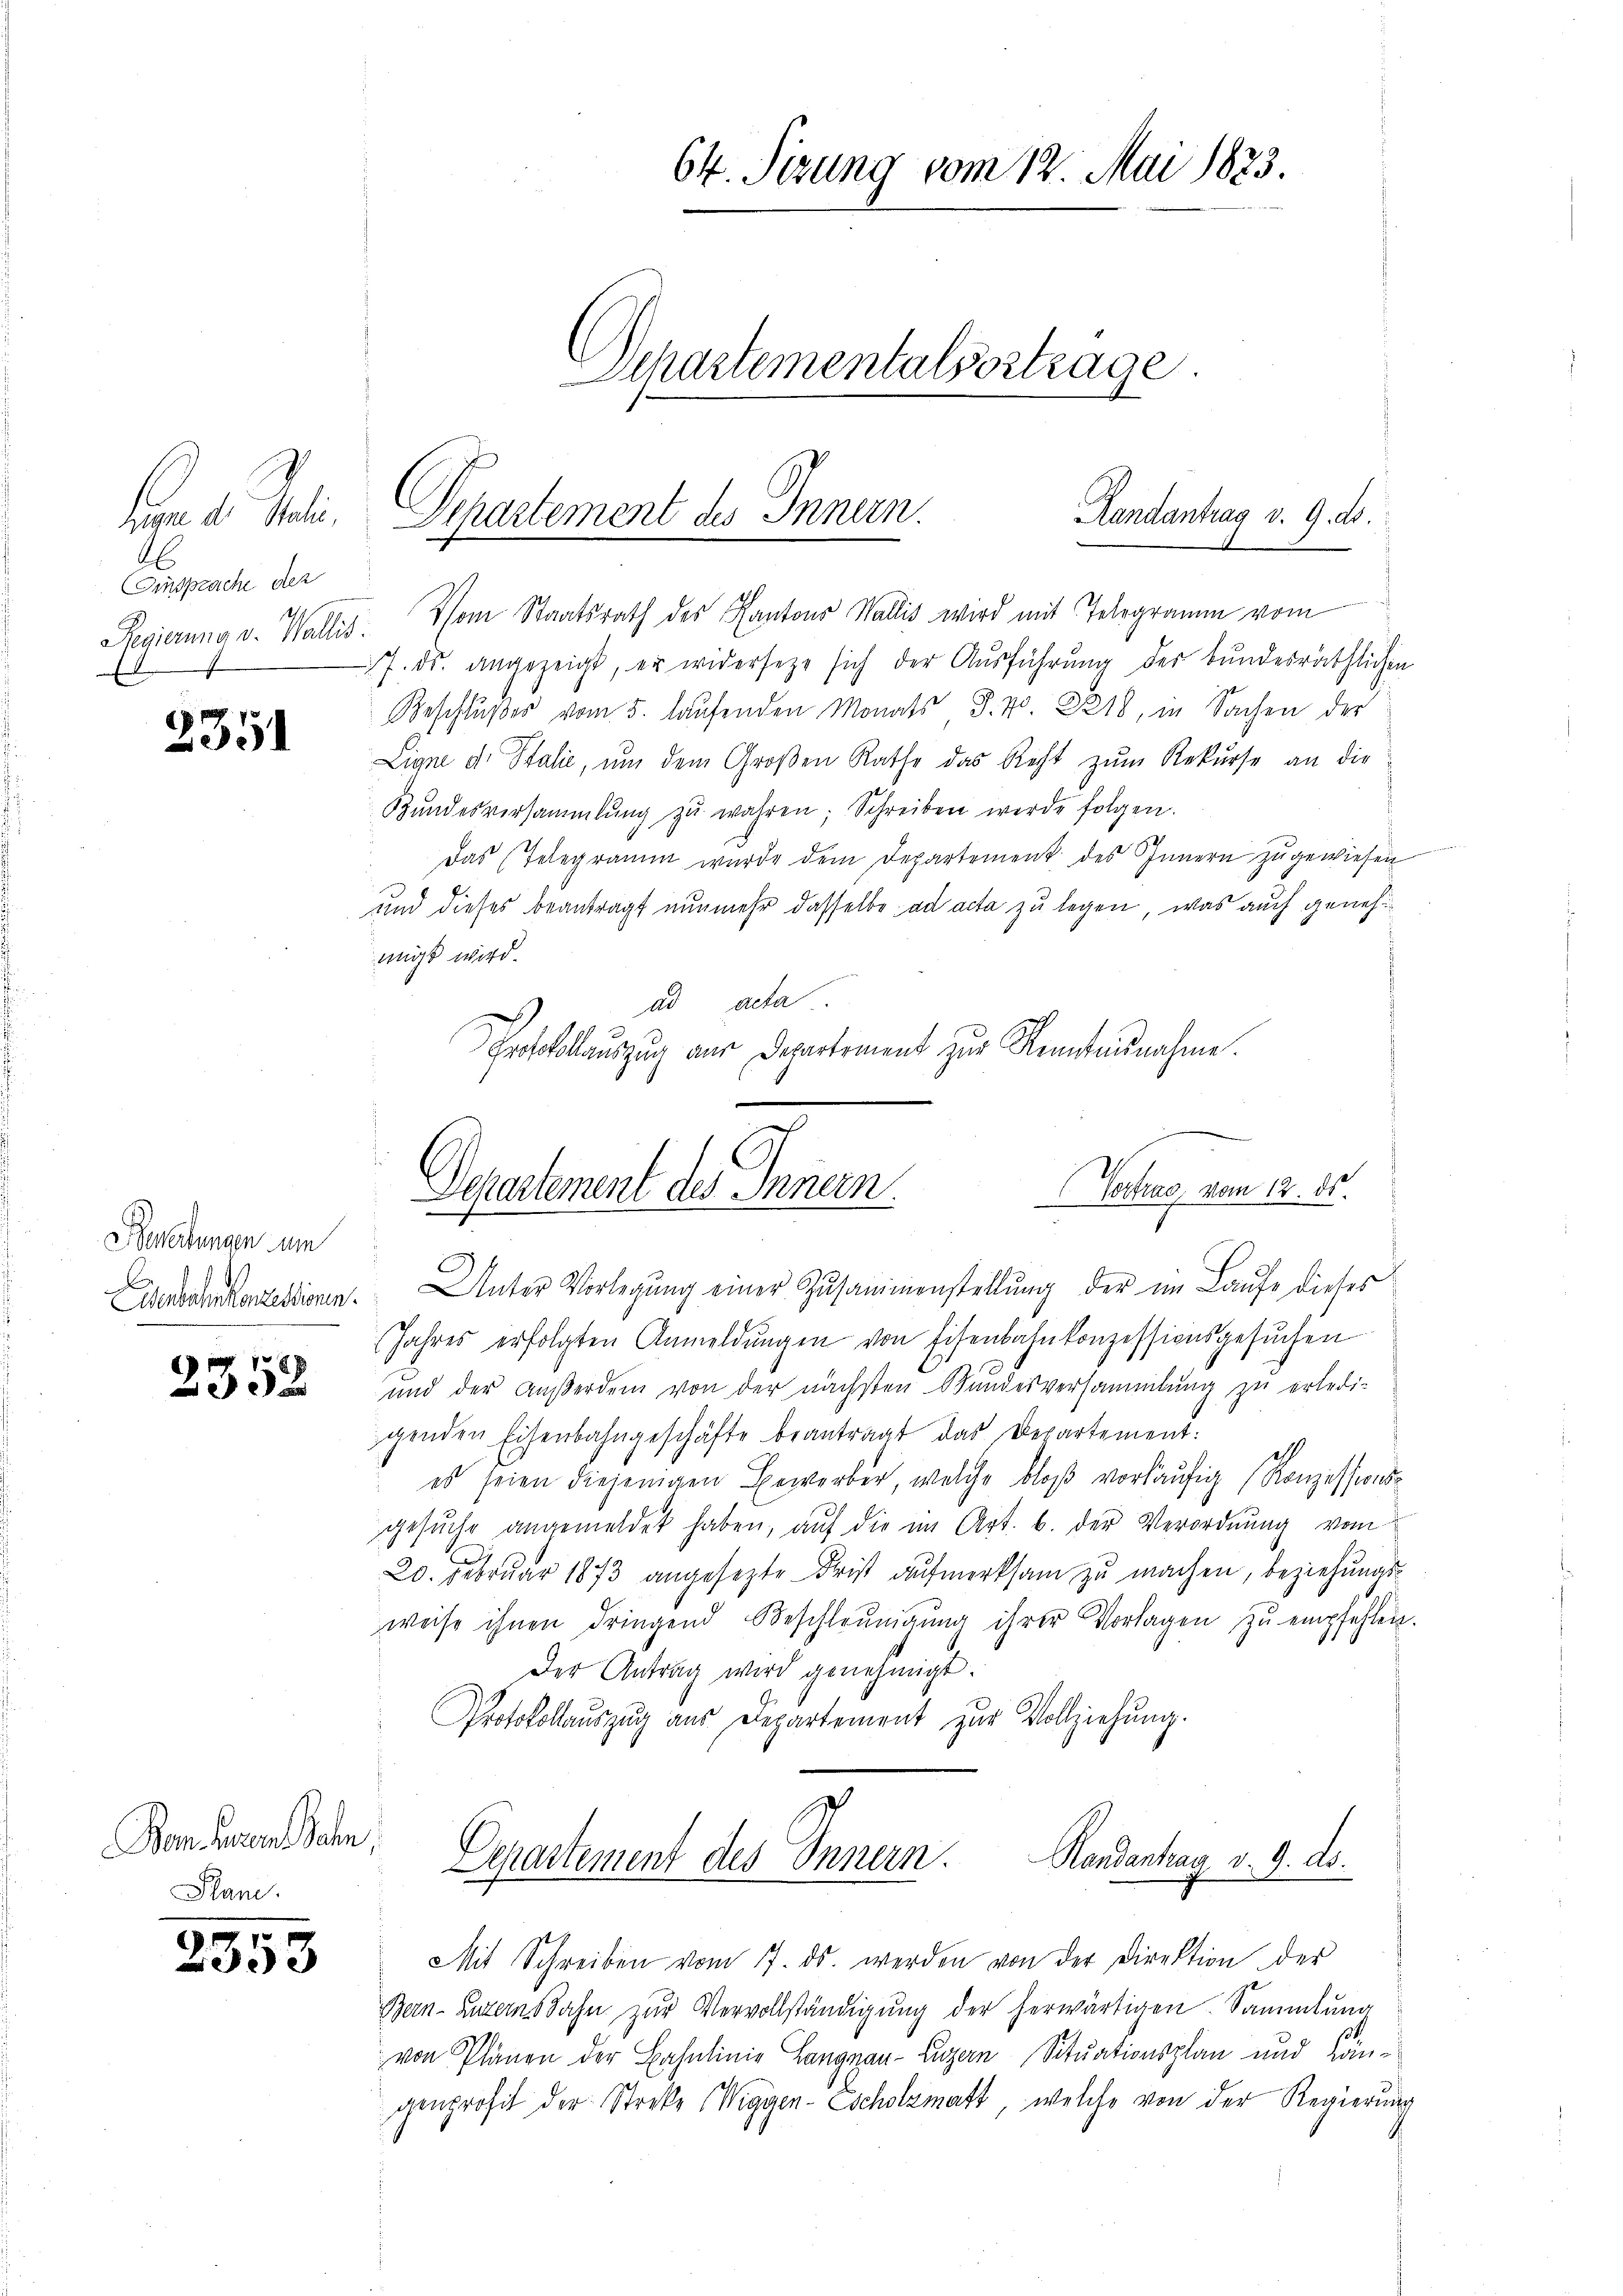
Einsprache der
Regierung v. Wallis.
7

2351

Besterbungen um
Eisenbahnkonzessionen.

2352

Bem Herren Sohn

2353

Vom Staatsrath des Kantons Wallis wird mit Telegramm vom
17. ds. angezeigt, er widersetze sich der Ausführung der bundesräthlichen
Beschlußes vom 5. laŭfenden Monats J. No. 8218, in Sachen der
Ligni d. Stalie, ŭm dem Großen Rathe das Recht zŭm Rekŭrse an die
Hŭndesversammlung zŭ wahren; Schreiben werde folgen.
Das Telegramm wurde dem Departement des Innern zugewiesen
und dieses beantragt nunmehr dasselbe ad acta zu legen, was auch genehmmigt wird.
ad acta
Protokollauszug aus Departement zur Kenntnisnahme.

64. Setzung vom 12. Mai 1823.

Separtementalsortrage

Randantrag v. 9. ds.
dum d. Juli, Departement des Innern.

Departement des Innern
Vertrag vom 12. ds.
.

Unter Vorlegŭng einer Zusammenstellŭng der im Laŭfe dieses
Jahres erfolgten Anmeldungen von Eisenbahnkonzessionsgesuchen
und der Außerdem von der nächsten Wundesversammlung zu erledi-
ggenden Eisenbahngeschäfte beantragt das Departement:
1
es seien diejenigen Bewerber, welche bloß vorläufig (Konzessionsgesŭche angemeldet haben, aŭf die im Art. b. der Verordnung vom
20. Februar 1873 angesezte Frist aufmerksam zu machen, beziehungsweise ihnen dringend Beschleunigŭng ihrer Vorlagen zŭ empfehlen.
Der Antrag wird genehmigt.
Protokollauszug aus Departement zur Vollziehung.

Handantrag v. 9. ds.
Departement des Innern.

Mit Schreiben vom 17. ds. werden von der Direktion der
Bern anzens Jahn zŭr Vervollständigŭng der herwärtigen Sammlung
von Plänen der Bahnlinie Langnau-Luzern Situationsplan und Kangenprofit der Streke (Wiggen-Escholzmatt, welche von der Regierung
.